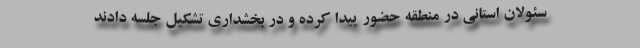
سئولان استانی در منطقه حضور پیدا کرده و در بخشداری تشکیل جلسه دادند